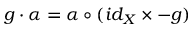
g \cdot \alpha = \alpha \circ ( i d _ { X } \times - g )